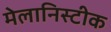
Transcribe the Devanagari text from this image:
मेलानिस्टीक